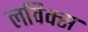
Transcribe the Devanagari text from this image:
लविक्स